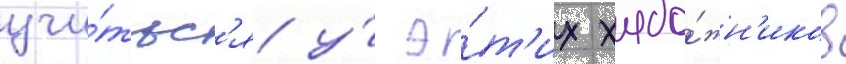
учи́тьс'я у́ э́т'их худо́жн'иков